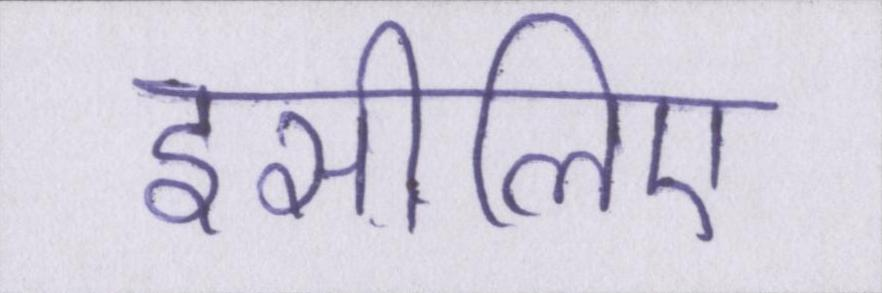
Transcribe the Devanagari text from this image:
इसीलिए